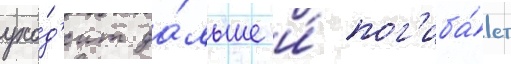
ухо́д'ит да́льше и́ пог'иба́ет